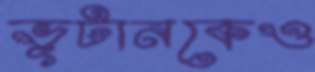
ভূটানকেও